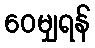
ဝေမျှရန်